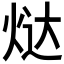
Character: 𬊉